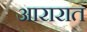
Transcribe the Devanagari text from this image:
आरारात